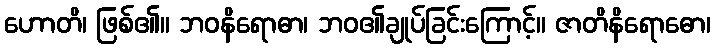
ဟောတိ၊ ဖြစ်၏။ ဘဝနိရောဓာ၊ ဘဝ၏ချုပ်ခြင်းကြောင့်။ ဇာတိနိရောဓော၊